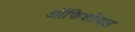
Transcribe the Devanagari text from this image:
ऑफिशीयल